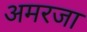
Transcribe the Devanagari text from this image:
अमरजा